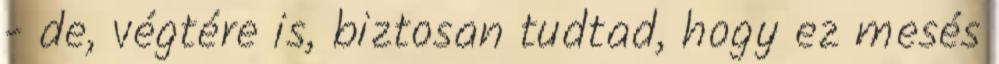
- de, végtére is, biztosan tudtad, hogy ez mesés